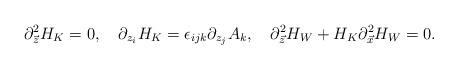
LaTeX: \begin{align*}\partial^{2}_{\vec{z}}H_{K}=0,\ \ \ \partial_{z_{i}}H_{K}=\epsilon_{ijk}\partial_{z_{j}}A_{k},\ \ \ \partial^{2}_{\vec{z}}H_{W}+H_{K}\partial^{2}_{\vec{x}}H_{W}=0.\end{align*}